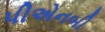
પીએનબી